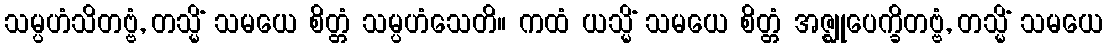
သမ္ပဟံသိတဗ္ဗံ, တသ္မိံ သမယေ စိတ္တံ သမ္ပဟံသေတိ။ ကထံ ယသ္မိံ သမယေ စိတ္တံ အဇ္ဈုပေက္ခိတဗ္ဗံ, တသ္မိံ သမယေ